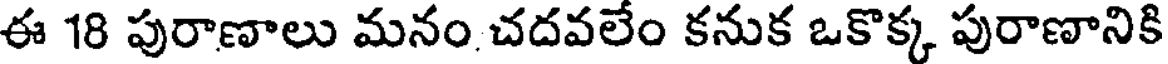
ఈ 18 పురాణాలు మనం చదవలేం కనుక ఒకొక్క పురాణానికి